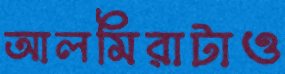
আলমিরাটাও